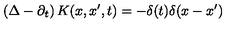
\left( \Delta - \partial _ { t } \right) K ( x , x ^ { \prime } , t ) = - \delta ( t ) \delta ( x - x ^ { \prime } )